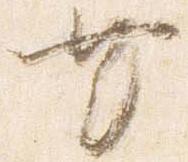
共